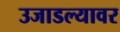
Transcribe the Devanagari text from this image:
उजाडल्यावर